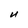
Character: U